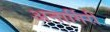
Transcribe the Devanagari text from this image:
अनार्गिरी